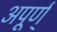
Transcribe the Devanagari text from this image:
अपूर्ण्